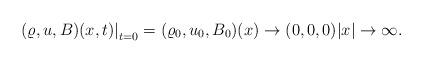
LaTeX: \begin{align*}\left.(\varrho, u, B)(x,t)\right|_{t=0}=(\varrho_0, u_0, B_0)(x)\rightarrow(0,0,0) { } |x|\rightarrow \infty.\end{align*}